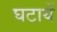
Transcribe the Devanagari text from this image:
घटायें